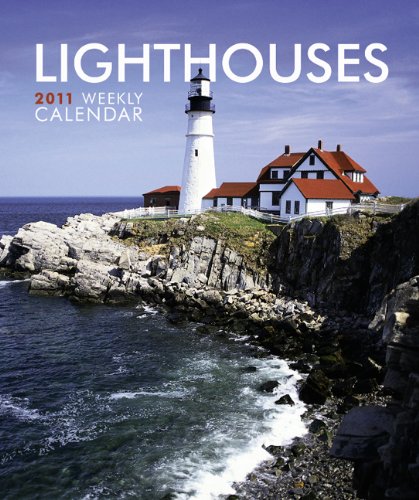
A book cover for Lighthouses 2011 Hardcover Weekly Engagement; BrownTrout Publishers Inc; Calendars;